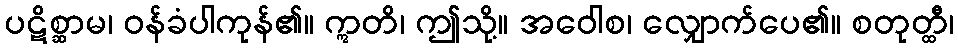
ပဋိစ္ဆာမ၊ ဝန်ခံပါကုန်၏။ ဣတိ၊ ဤသို့။ အဝေါစ၊ လျှောက်ပေ၏။ စတုတ္ထီ၊